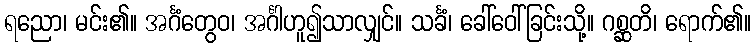
ရညော၊ မင်း၏။ အင်္ဂံတွေဝ၊ အင်္ဂါဟူ၍သာလျှင်။ သင်္ခံ၊ ခေါ်ဝေါ်ခြင်းသို့။ ဂစ္ဆတိ၊ ရောက်၏။